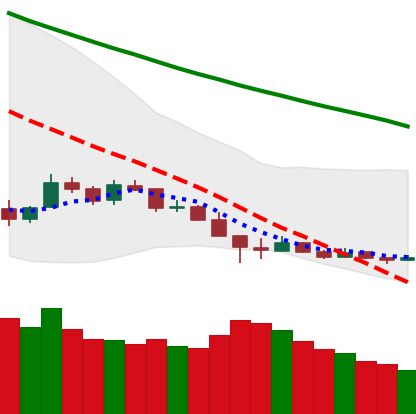
Ticker: LTC-USD
Chart end date: 2018-12-15
Forward return: 37.988%
Label: up_7plus